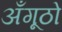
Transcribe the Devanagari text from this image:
अँगूठो